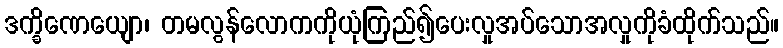
ဒက္ခိဏေယျော၊ တမလွန်လောကကိုယုံကြည်၍ပေးလှုအပ်သောအလှုကိုခံထိုက်သည်။